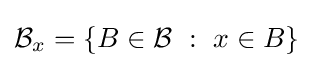
{\mathcal {B}}_{x}=\{B\in {\mathcal {B}}~:~x\in B\}